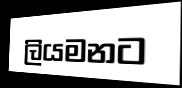
ලියමනට